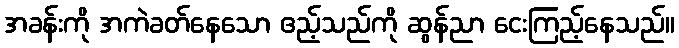
အခန်းကို အကဲခတ်နေသော ဧည့်သည်ကို ဆွန်ညာ ငေးကြည့်နေသည်။